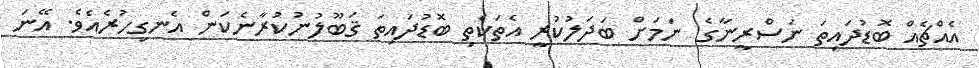
އެއްޗެއް ބޮޑުދައިތަ ނަސްރީނާގެ ނަމަށް ބަދަލުކުރީ އެތަކެތި ބޮޑުދައިތަ ޤަބޫލުނުކުރާނެކަން އެނގިހުރެއެވެ. އޭނަ